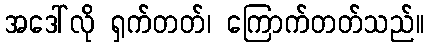
အဒေါ်လို ရှက်တတ်၊ ကြောက်တတ်သည်။